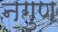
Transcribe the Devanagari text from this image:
नगुण